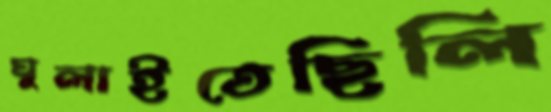
ঘুলাইতেছিলি